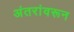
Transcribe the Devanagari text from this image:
अंतरांवरून